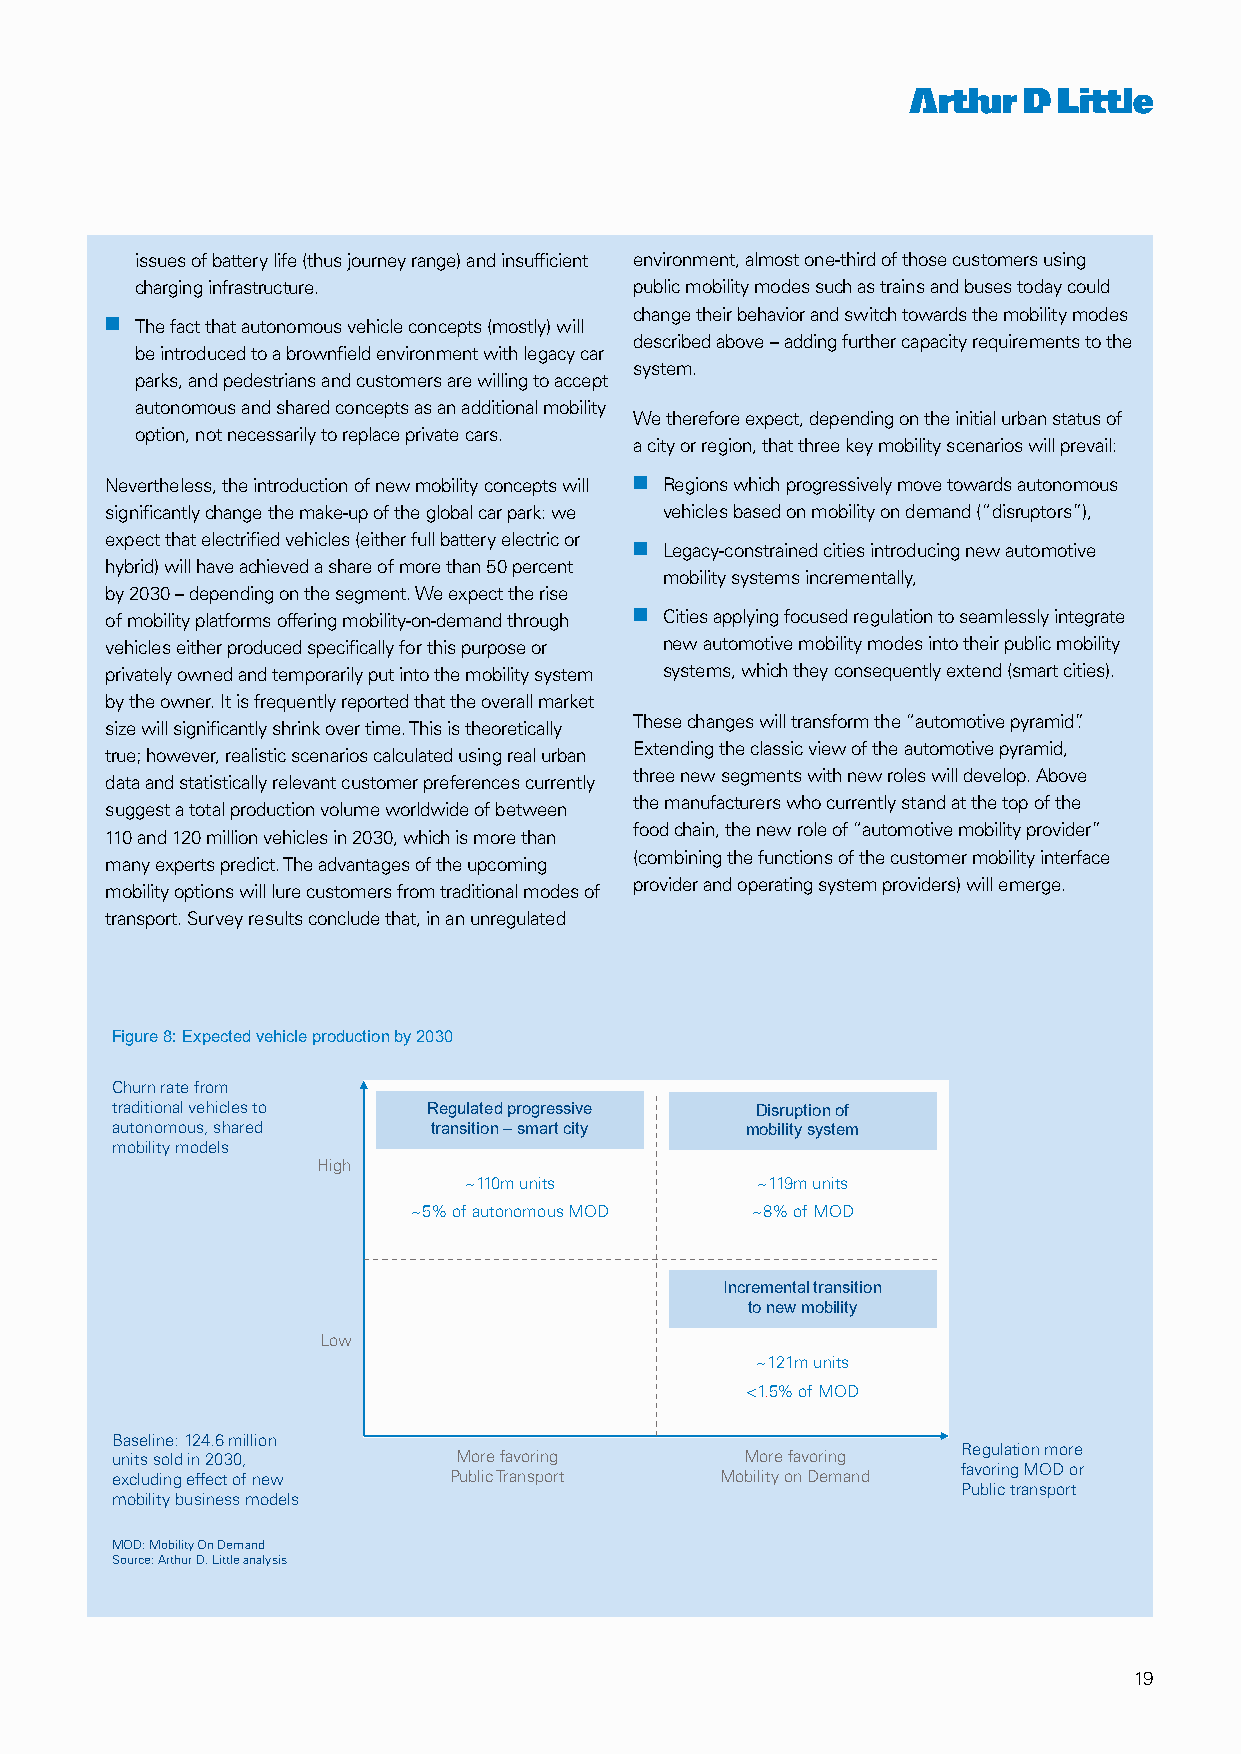
issues of battery life (thus journey range) and insufficient environment, almost one-third of those customers using
 charging infrastructure.         public mobility modes such as trains and buses today could
 change their behavior and switch towards the mobility modes
 nn The fact that autonomous vehicle concepts (mostly) will
 described above – adding further capacity requirements to the
 be introduced to a brownfield environment with legacy car
 system.
 parks, and pedestrians and customers are willing to accept
 autonomous and shared concepts as an additional mobility
 We therefore expect, depending on the initial urban status of
 option, not necessarily to replace private cars.
 a city or region, that three key mobility scenarios will prevail:
 Nevertheless, the introduction of new mobility concepts will nn Regions which progressively move towards autonomous
 significantly change the make-up of the global car park: we vehicles based on mobility on demand (“disruptors”),
 expect that electrified vehicles (either full battery electric or
 nn Legacy-constrained cities introducing new automotive
 hybrid) will have achieved a share of more than 50 percent
 mobility systems incrementally,
 by 2030 – depending on the segment. We expect the rise
 of mobility platforms offering mobility-on-demand through nn Cities applying focused regulation to seamlessly integrate
 vehicles either produced specifically for this purpose or new automotive mobility modes into their public mobility
 privately owned and temporarily put into the mobility system systems, which they consequently extend (smart cities).
 by the owner. It is frequently reported that the overall market
 These changes will transform the “automotive pyramid”.
 size will significantly shrink over time. This is theoretically
 Extending the classic view of the automotive pyramid,
 true; however, realistic scenarios calculated using real urban
 three new segments with new roles will develop. Above
 data and statistically relevant customer preferences currently
 the manufacturers who currently stand at the top of the
 suggest a total production volume worldwide of between
 food chain, the new role of “automotive mobility provider”
 110 and 120 million vehicles in 2030, which is more than
 (combining the functions of the customer mobility interface
 many experts predict. The advantages of the upcoming
 provider and operating system providers) will emerge.
 mobility options will lure customers from traditional modes of
 transport. Survey results conclude that, in an unregulated
 Figure 8: Expected vehicle production by 2030
 Churn rate from
 traditional vehicles to Regulated progressive Disruption of
 autonomous, shared    transition –smart city mobility system
 mobility models
 High
 ~110m units        ~119m units
 ~5% of autonomous MOD  ~8% of MOD
 Incremental transition
 to new mobility
 Low
 ~121m units
 <1.5% of MOD
 Baseline: 124.6 million
 Regulation more
 units sold in 2030,    More favoring      More favoring
 favoring MOD or
 excluding effect of new Public Transport Mobility on Demand
 Public transport
 mobility business models
 MOD: Mobility On Demand
 Source: Arthur D. Little analysis
 19
 8